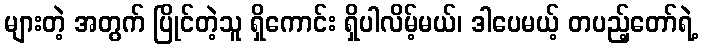
များတဲ့ အတွက် ပြိုင်တဲ့သူ ရှိကောင်း ရှိပါလိမ့်မယ်၊ ဒါပေမယ့် တပည့်တော်ရဲ့